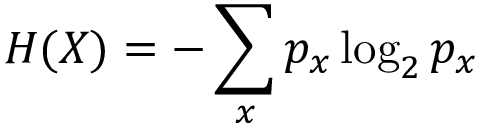
H ( X ) = - \sum _ { x } p _ { x } \log _ { 2 } p _ { x }